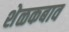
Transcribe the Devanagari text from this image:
शेळकबाव